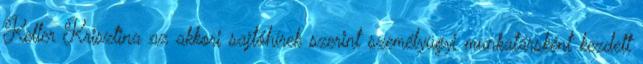
Keller Krisztina az akkori sajtóhírek szerint személyügyi munkatársként kezdett